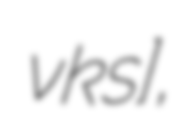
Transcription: ɑ̃ vɛksɛ̃],